Annual administration and progress report of the Indian Medical Department, Bombay
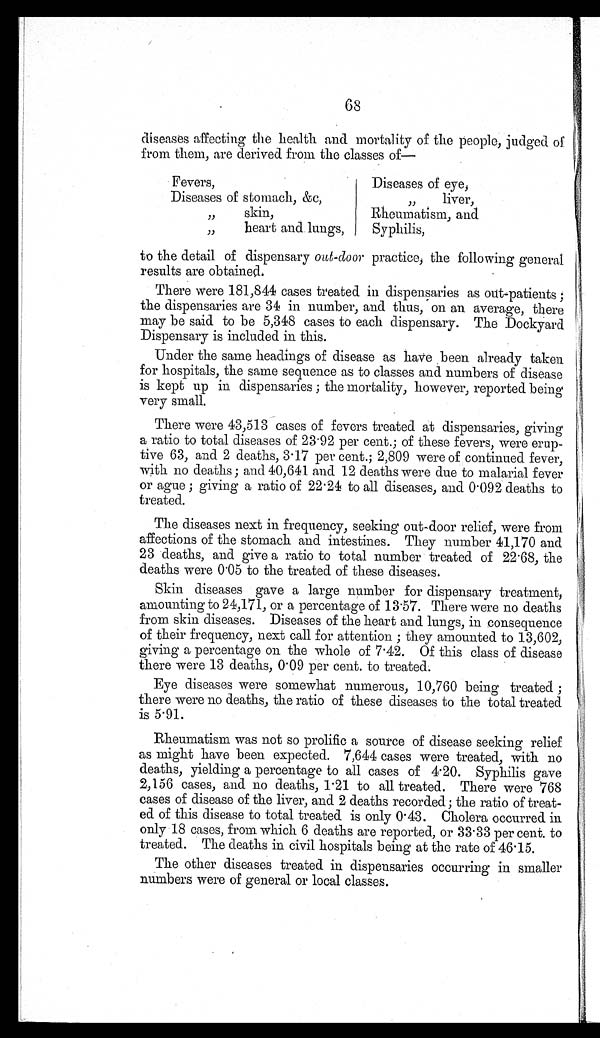
68
diseases affecting the health and mortality of the people, judged of
from them, are derived from the classes of—
Fevers,
Diseases of eye,
Diseases of stomach, &c,
, , l i v e r ,
, , s k i n ,
Rheumatism, and
,, heart and lungs,
Syphilis,
to the detail of dispensary out-door practice, the following general
results are obtained.
There were 181,844 cases treated in dispensaries as out-patients;
the dispensaries are 34 in number, and thus, on an average, there
may be said to be 5,348 cases to each dispensary. The Dockyard
Dispensary is included in this.
Under the same headings of disease as have been already taken
for hospitals, the same sequence as to classes and numbers of disease
is kept up in dispensaries ; the mortality, however, reported being
very small.
There were 43,513 cases of fevers treated at dispensaries, giving
a ratio to total diseases of 23.92 per cent.; of these fevers, were erup-
tive 63, and 2 deaths, 3.17 per cent.; 2,809 were of continued fever,
with no deaths ; and 40,641 and 12 deaths were due to malarial fever
or ague ; giving a ratio of 22.24 to all diseases, and 0.092 deaths to
treated.
The diseases next in frequency, seeking out-door relief, were from
affections of the stomach and intestines. They number 41,170 and
23 deaths, and give a ratio to total number treated of 22.68, the
deaths were 0.05 to the treated of these diseases.
Skin diseases gave a large number for dispensary treatment,
amounting to 24,171, or a percentage of 13.57. There were no deaths
from skin diseases. Diseases of the heart and lungs, in consequence
of their frequency, next call for attention ; they amounted to 13,602,
giving a percentage on the whole of 7.42. Of this class of disease
there were 13 deaths, 0.09 per cent. to treated.
Eye diseases were somewhat numerous, 10,760 being treated ;
there were no deaths, the ratio of these diseases to the total treated
is 5.91.
Rheumatism was not so prolific a source of disease seeking relief
as might have been expected. 7,644 cases were treated, with no
deaths, yielding a percentage to all cases of 4.20. Syphilis gave
2,156 cases, and no deaths, 1.21 to all treated. There were 768
cases of disease of the liver, and 2 deaths recorded; the ratio of treat-
ed of this disease to total treated is only 0.43. Cholera occurred in
only 18 cases, from which 6 deaths are reported, or 33.33 per cent. to
treated. The deaths in civil hospitals being at the rate of 46.15.
The other diseases treated in dispensaries occurring in smaller
numbers were of general or local classes.